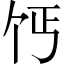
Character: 𫡔